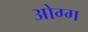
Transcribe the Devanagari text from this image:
ओग्ग